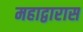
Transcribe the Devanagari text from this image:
महाद्वारास